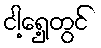
ငါ့ရှေ့တွင်